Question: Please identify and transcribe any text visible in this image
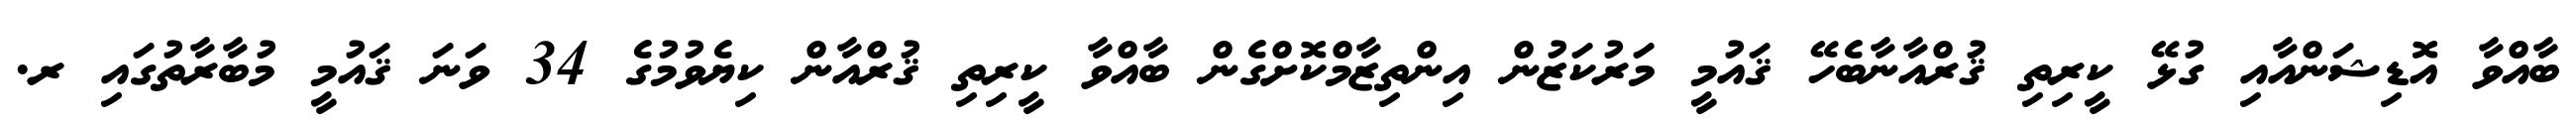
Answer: ބާއްވާ އޮޑިޝަންއާއި ގުޅޭ ކީރިތި ޤުރްއާނާބެހޭ ޤައުމީ މަރުކަޒުން އިންތިޒާމްކޮށްގެން ބާއްވާ ކީރިތި ޤުރްއާން ކިޔެވުމުގެ 34 ވަނަ ޤައުމީ މުބާރާތުގައި ރ.